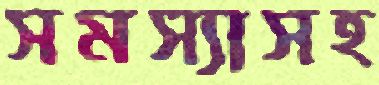
সমস্যাসহ